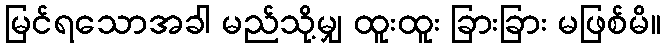
မြင်ရသောအခါ မည်သို့မျှ ထူးထူး ခြားခြား မဖြစ်မိ။